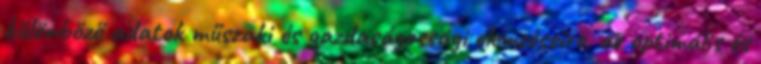
különböző adatok műszaki és gazdaságossági elemzéseire, az optimális és